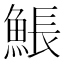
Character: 𩸕